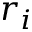
r _ { i }